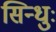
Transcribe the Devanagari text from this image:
सिन्धुः